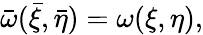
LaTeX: \bar{\omega}(\bar{\xi},\bar{\eta})=\omega(\xi,\eta),